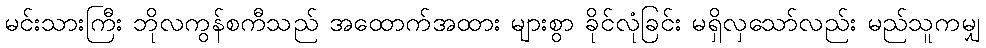
မင်းသားကြီး ဘိုလကွန်စကီသည် အထောက်အထား များစွာ ခိုင်လုံခြင်း မရှိလှသော်လည်း မည်သူကမျှ